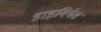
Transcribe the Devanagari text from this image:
डाइबियेस